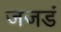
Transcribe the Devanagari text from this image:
जजडं